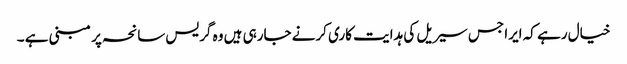
خیال رہے کہ ایرا جس سیریل کی ہدایت کاری کرنے جارہی ہیں وہ گریس سانحہ پر مبنی ہے ۔